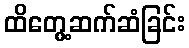
ထိတွေ့ဆက်ဆံခြင်း